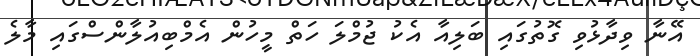
އޭނާ ވިދާޅުވި ގޮތުގައި ބަލިއާ އެކު ޖުމްލަ ހަތް މީހުން އެމްބިއުލާންސްގައި މާލެ